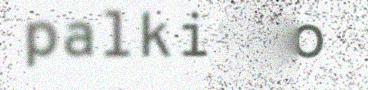
palkinto